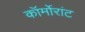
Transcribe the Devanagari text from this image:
कॉर्मोरांट